Vaccination North-Western Provinces 1866-1877 - 1866-1877
Year: 1866
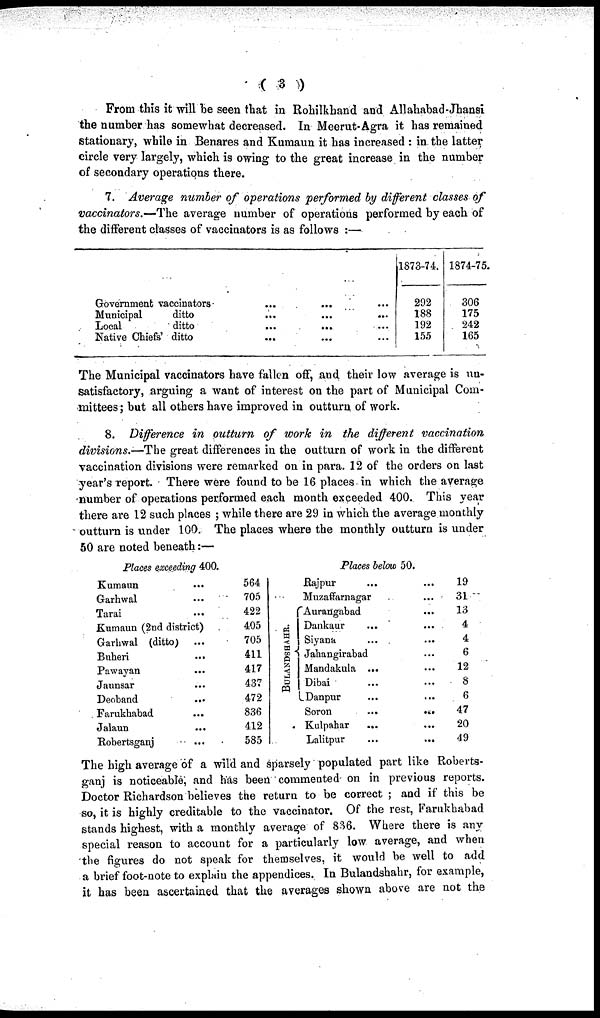
( 3 )
From this it will be seen that in Rohilkhand and Allahabad-Jhansi
the number has somewhat decreased. In Meerut-Agra it has remained
stationary, while in Benares and Kumaun it has increased : in the latter
circle very largely, which is owing to the great increase in the number
of secondary operations there.
7. Average number of operations performed by different classes of
vaccinators.—The average number of operations performed by each of
the different classes of vaccinators is as follows :—
Government vaccinators
Municipal
ditto
Local
ditto
Native Chiefs' ditto
...
...
...
...
...
...
...
...
...
...
...
...
1873-74.
292
188
192
155
1874-75.
306
175
242
165
The Municipal vaccinators have fallen off, and their low average is un-
satisfactory, arguing a want of interest on the part of Municipal Com-
mittees; but all others have improved in outturn of work.
8. Difference in outturn of work in the different vaccination
divisions.—The great differences in the outturn of work in the different
vaccination divisions were remarked on in para. 12 of the orders on last
year's report. There were found to be 16 places in which the average
number of operations performed each month exceeded 400. This year
there are 12 such places ; while there are 29 in which the average monthly
outturn is under 100. The places where the monthly outturn is under
50 are noted beneath:—
Places exceeding 400.
Kumaun
...
Garhwal
...
Tarai
...
Kumaun (2nd district)
Garhwal (ditto)
...
Buheri
...
Pawayan
...
Jaunsar
...
Deoband
...
Farukhabad
...
Jalaun
...
Robertsganj
...
564
705
422
405
705
411
417
437
472
836
412
585
BULANDSHAHR.
Places below 50.
Rajpur ... ...
Muzaffarnagar ...
Aurangabad ...
Dankaur ... ...
Siyana ... ...
Jahangirabad ...
Mandakula ... ...
Dibai ... ...
Danpur ... ...
Soron ... ...
Kulpahar
... ...
Lalitpur ... ...
19
31
13
4
4
6
12
8
6
47
20
49
The high average of a wild and sparsely populated part like Roberts-
ganj is noticeable; and has been commented on in previous reports.
Doctor Richardson believes the return to be correct ; and if this be
so, it is highly creditable to the vaccinator. Of the rest, Farukhabad
stands highest, with a monthly average of 836. Where there is any
special reason to account for a particularly low average, and when
the figures do not speak for themselves, it would be well to add
a brief foot-note to explain the appendices. In Bulandshahr, for example,
it has been ascertained that the averages shown above are not the